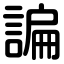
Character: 諞